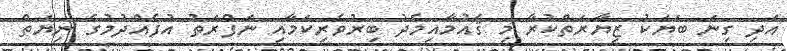
އަދި ގިނަ ބަޔަކު ޒިޔާރަތްކުރާ މި ޤައުމާއިމެދު ބިރުވެރިކަމާއި ނަފްރަތު އުފެއްދުމުގެ ނިޔަތް